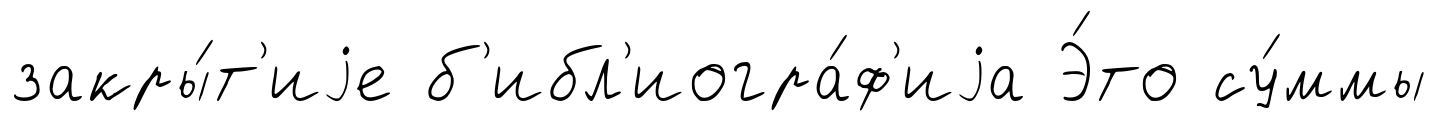
закры́т'иjе б'ибл'иогра́ф'иjа Э́то су́ммы